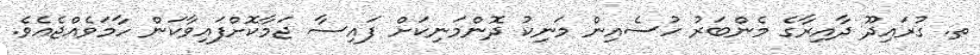
ތ. ގުރައިދޫ ދާއިރާގެ މެންބަރު ހުސެއިން މަނިކު ދޮންމަނިކަށް ފައިސާ ޖަމާކޮށްފައިވާކަން ހާމަވެއްޖެއެވެ.